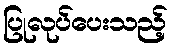
ပြုလုပ်ပေးသည့်